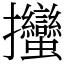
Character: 𢺳